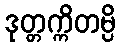
ဒုတ္တက္ကိတမ္ပိ